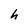
Character: h